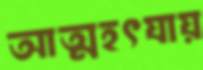
আত্মহৎযায়